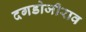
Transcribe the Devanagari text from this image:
दगडोजीराव